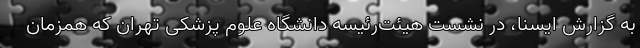
به گزارش ایسنا، در نشست هیئت‌رئیسه دانشگاه علوم پزشکی تهران که همزمان